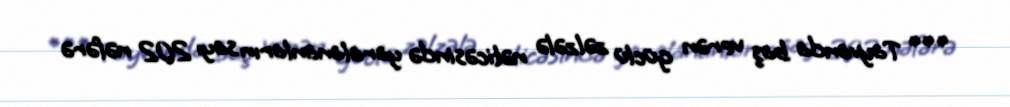
*** Tayvanda baş verən güclü zəlzələ nəticəsində yaralananların sayı 202 nəfərə